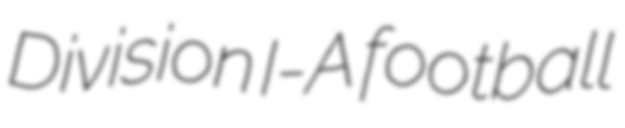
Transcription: Division I-A football